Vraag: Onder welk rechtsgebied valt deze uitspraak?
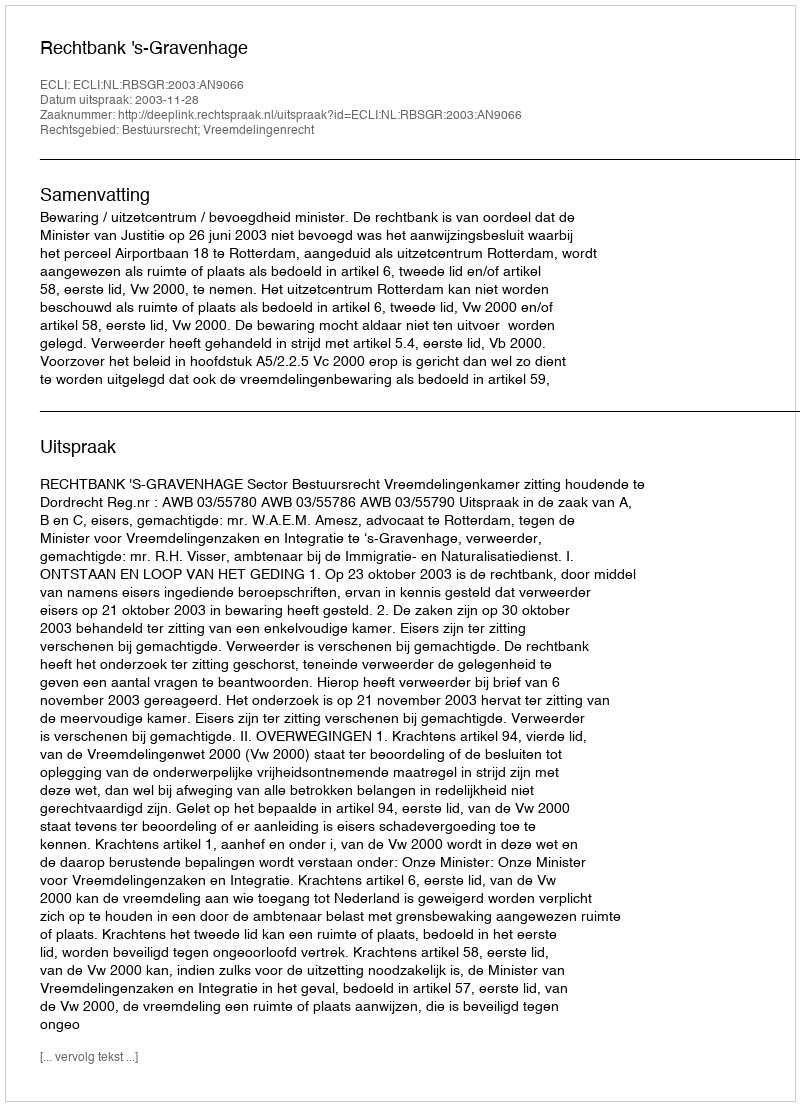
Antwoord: Bestuursrecht; Vreemdelingenrecht